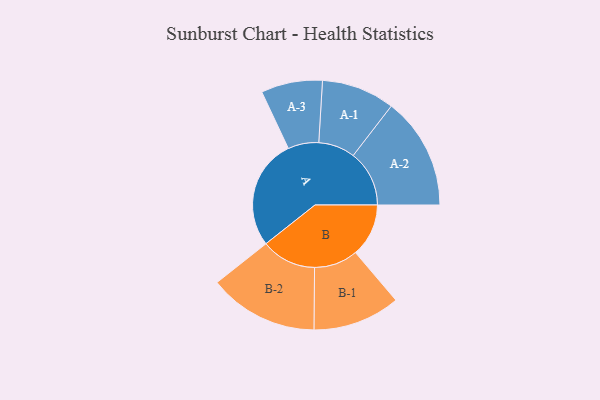
{"axis": {"x": "Segment", "y": "Value"}, "legend": ["", "A", "B"], "data": [{"x": "A", "y": 374, "type": ""}, {"x": "B", "y": 180, "type": ""}, {"x": "A-1", "y": 124, "type": "A"}, {"x": "A-2", "y": 190, "type": "A"}, {"x": "A-3", "y": 104, "type": "A"}, {"x": "B-1", "y": 148, "type": "B"}, {"x": "B-2", "y": 186, "type": "B"}]}